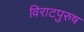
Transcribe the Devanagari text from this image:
विराटपुरुष